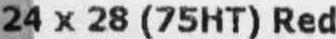
24 X 28 (75HT) RED